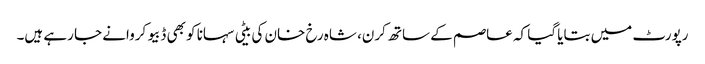
رپورٹ میں بتایا گیا کہ عاصم کے ساتھ کرن، شاہ رخ خان کی بیٹی سہانا کو بھی ڈبیو کروانے جا رہے ہیں۔